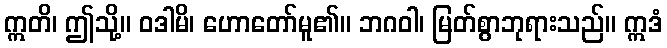
ဣတိ၊ ဤသို့။ ဝဒါမိ၊ ဟောတော်မူ၏။ ဘဂဝါ၊ မြတ်စွာဘုရားသည်။ ဣဒံ